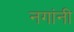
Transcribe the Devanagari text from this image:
नगांनी